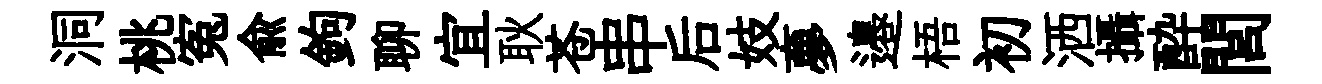
洞桃寃兪鉤聊宜耿苍串后妓夣邉梧初洒攝酔閭